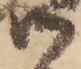
御